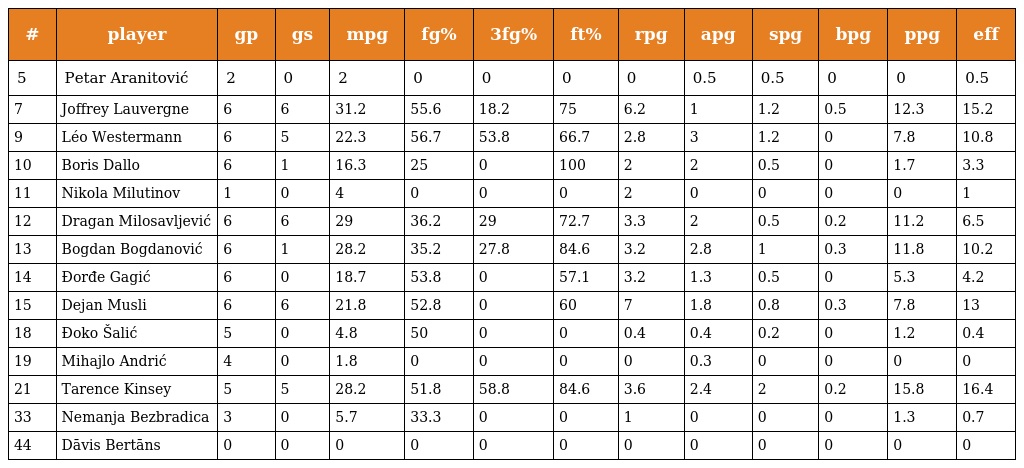
| # | player | gp | gs | mpg | fg% | 3fg% | ft% | rpg | apg | spg | bpg | ppg | eff |
 | --- | --- | --- | --- | --- | --- | --- | --- | --- | --- | --- | --- | --- | --- |
 | 5 | Petar Aranitović | 2 | 0 | 2 | 0 | 0 | 0 | 0 | 0.5 | 0.5 | 0 | 0 | 0.5 |
 | 7 | Joffrey Lauvergne | 6 | 6 | 31.2 | 55.6 | 18.2 | 75 | 6.2 | 1 | 1.2 | 0.5 | 12.3 | 15.2 |
 | 9 | Léo Westermann | 6 | 5 | 22.3 | 56.7 | 53.8 | 66.7 | 2.8 | 3 | 1.2 | 0 | 7.8 | 10.8 |
 | 10 | Boris Dallo | 6 | 1 | 16.3 | 25 | 0 | 100 | 2 | 2 | 0.5 | 0 | 1.7 | 3.3 |
 | 11 | Nikola Milutinov | 1 | 0 | 4 | 0 | 0 | 0 | 2 | 0 | 0 | 0 | 0 | 1 |
 | 12 | Dragan Milosavljević | 6 | 6 | 29 | 36.2 | 29 | 72.7 | 3.3 | 2 | 0.5 | 0.2 | 11.2 | 6.5 |
 | 13 | Bogdan Bogdanović | 6 | 1 | 28.2 | 35.2 | 27.8 | 84.6 | 3.2 | 2.8 | 1 | 0.3 | 11.8 | 10.2 |
 | 14 | Đorđe Gagić | 6 | 0 | 18.7 | 53.8 | 0 | 57.1 | 3.2 | 1.3 | 0.5 | 0 | 5.3 | 4.2 |
 | 15 | Dejan Musli | 6 | 6 | 21.8 | 52.8 | 0 | 60 | 7 | 1.8 | 0.8 | 0.3 | 7.8 | 13 |
 | 18 | Đoko Šalić | 5 | 0 | 4.8 | 50 | 0 | 0 | 0.4 | 0.4 | 0.2 | 0 | 1.2 | 0.4 |
 | 19 | Mihajlo Andrić | 4 | 0 | 1.8 | 0 | 0 | 0 | 0 | 0.3 | 0 | 0 | 0 | 0 |
 | 21 | Tarence Kinsey | 5 | 5 | 28.2 | 51.8 | 58.8 | 84.6 | 3.6 | 2.4 | 2 | 0.2 | 15.8 | 16.4 |
 | 33 | Nemanja Bezbradica | 3 | 0 | 5.7 | 33.3 | 0 | 0 | 1 | 0 | 0 | 0 | 1.3 | 0.7 |
 | 44 | Dāvis Bertāns | 0 | 0 | 0 | 0 | 0 | 0 | 0 | 0 | 0 | 0 | 0 | 0 |